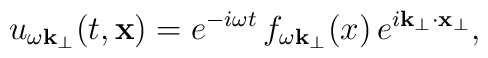
u_{\omega\bf k_{\perp}}(t,{\bf x})=e^{-i\omega t}\, f_{\omega{\bf k}_{\perp}}(x)\, e^{i{\bf k}_{\perp}\cdot{\bf x}_{\perp}},